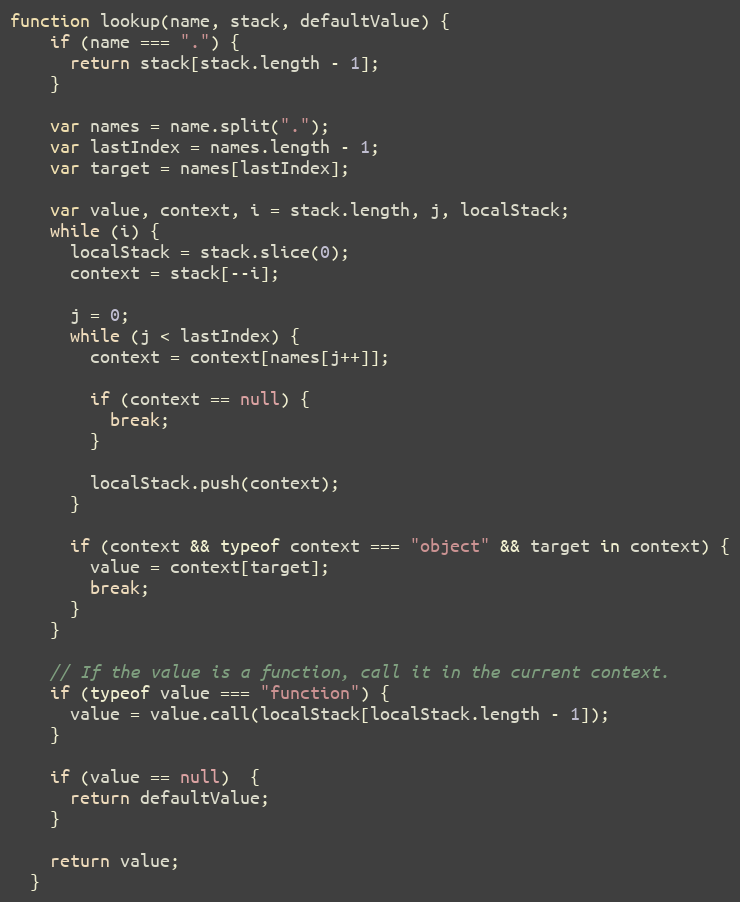
Language: JavaScript
function lookup(name, stack, defaultValue) {
    if (name === ".") {
      return stack[stack.length - 1];
    }

    var names = name.split(".");
    var lastIndex = names.length - 1;
    var target = names[lastIndex];

    var value, context, i = stack.length, j, localStack;
    while (i) {
      localStack = stack.slice(0);
      context = stack[--i];

      j = 0;
      while (j < lastIndex) {
        context = context[names[j++]];

        if (context == null) {
          break;
        }

        localStack.push(context);
      }

      if (context && typeof context === "object" && target in context) {
        value = context[target];
        break;
      }
    }

    // If the value is a function, call it in the current context.
    if (typeof value === "function") {
      value = value.call(localStack[localStack.length - 1]);
    }

    if (value == null)  {
      return defaultValue;
    }

    return value;
  }